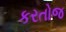
કરતોજ